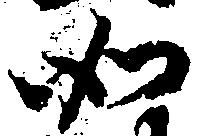
如